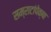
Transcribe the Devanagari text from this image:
सम्राटांपेक्षा